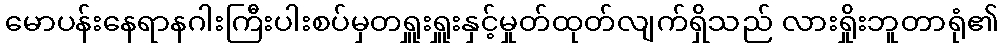
မောပန်းနေရာနဂါးကြီးပါးစပ်မှတရှူးရှူးနှင့်မှုတ်ထုတ်လျက်ရှိသည် လားရှိုးဘူတာရုံ၏